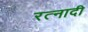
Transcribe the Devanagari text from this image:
रत्‍नादी